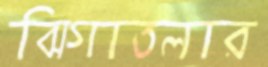
ঝিগাতলার